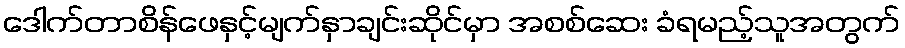
ဒေါက်တာစိန်ဖေနှင့်မျက်နှာချင်းဆိုင်မှာ အစစ်ဆေး ခံရမည့်သူအတွက်